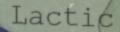
Lactic